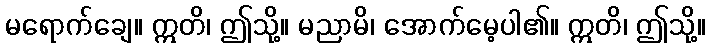
မရောက်ချေ။ ဣတိ၊ ဤသို့။ မညာမိ၊ အောက်မေ့ပါ၏။ ဣတိ၊ ဤသို့။